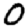
Digit: 0